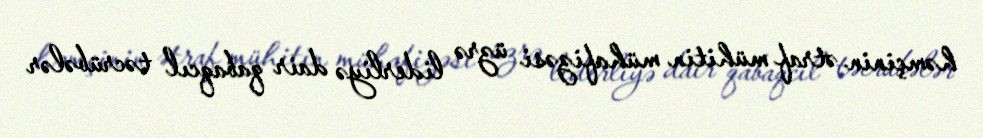
həmçinin ətraf mühitin mühafizəsi üzrə liderliyə dair qabaqcıl təcrübələr